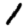
Digit: 1